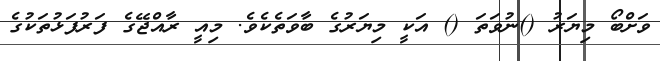
ވަށްބޯ މިޔަރު ()ނުވަތަ () އަކީ މިޔަރުގެ ބާވަތެކެވެ. މިއީ ރާއްޖޭގެ ފަރުފަޅުތަކުގެ